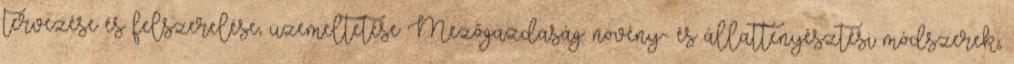
tervezése és felszerelése, üzemeltetése Mezőgazdaság: növény- és állattenyésztési módszerek,